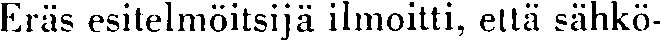
Eräs esitelmöitsijä ilmoitti, että sähkö-